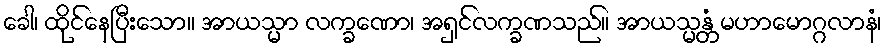
ခေါ၊ ထိုင်နေပြီးသော။ အာယသ္မာ လက္ခဏော၊ အရှင်လက္ခဏသည်။ အာယသ္မန္တံ မဟာမောဂ္ဂလာနံ၊